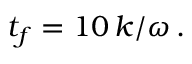
t _ { f } = 1 0 \, k / \omega \, .